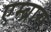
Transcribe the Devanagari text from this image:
एम्ब्रास